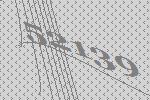
52139